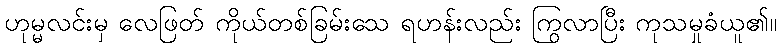
ဟုမ္မလင်းမှ လေဖြတ် ကိုယ်တစ်ခြမ်းသေ ရဟန်းလည်း ကြွလာပြီး ကုသမှုခံယူ၏။